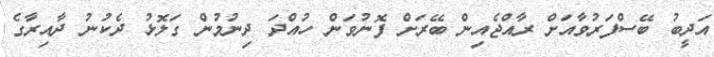
އަދީބު ބޭސްފަރުވާއަށް ރާއްޖެއިން ބޭރަށް ފޮނުވަން ހުއްދަ ދިނުމުން ގަލޮޅު ދެކުނު ދާއިރާގެ